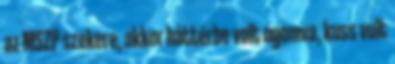
az MSZP szekere, akkor háttérbe volt nyomva, kuss volt